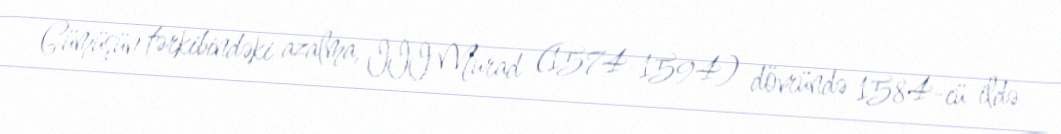
Gümüşün tərkibindəki azalma, III Murad (1574-1594) dövründə 1584-cü ildə